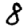
Digit: 8